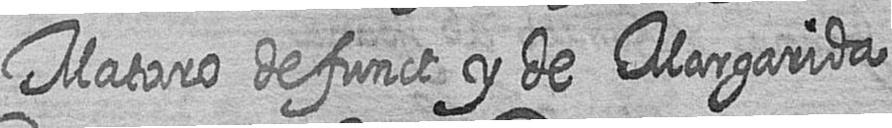
Mataro defunct y de Margarida